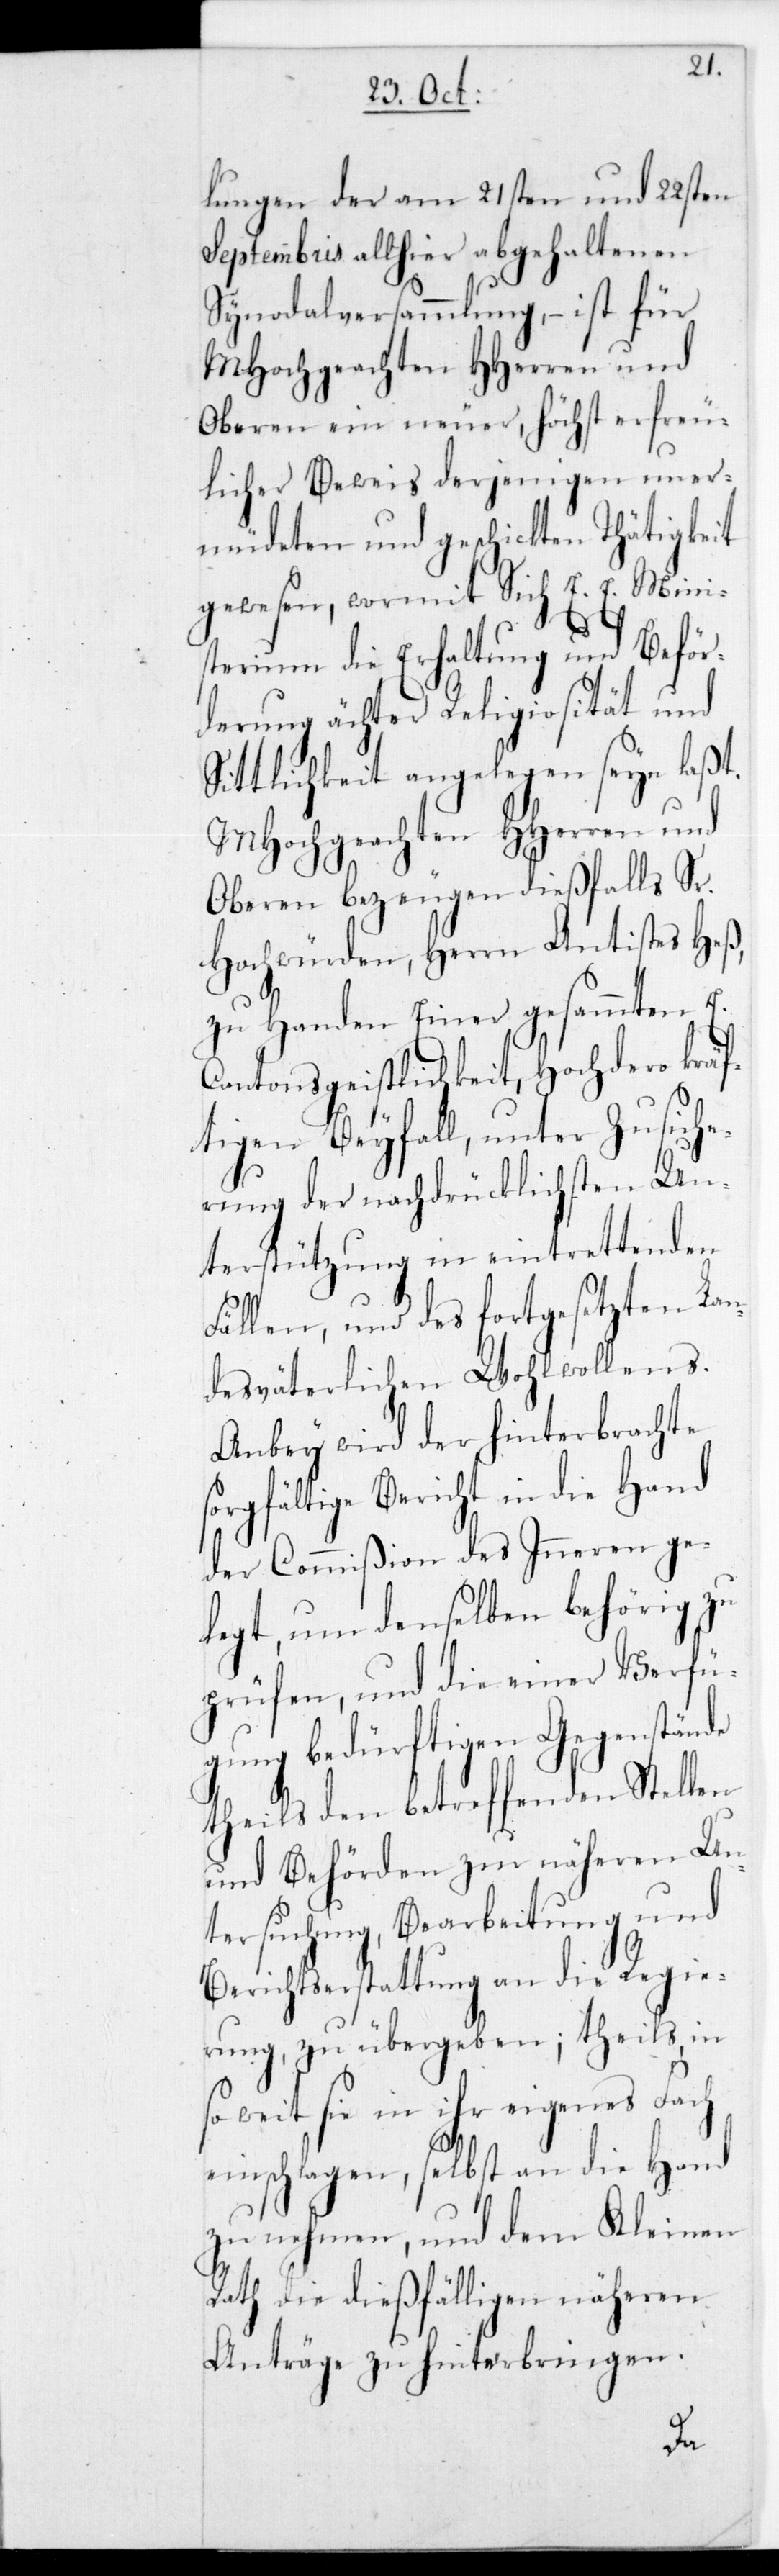
lungen der am 21sten und 22sten
Septembris allhier abgehaltenen
tung
Synodalversammlung,
und
Oberen ein neuer,
uner¬
licher Beweis derjenigen
müdeten und geschickten Thätigkeit
gewesen, wormit Sich E. E. Mini¬
sterium die Erhaltung und Beför¬
derung ächter Religiosität und
yn laßt.
Sittlichkeit angelegen
MHochgeachten HHerren und
Oberen bezeugen dießfalls Sr.
Hochwürden, Herrn Antistes He¬
zu Handen Einer gesammten
Cantonsgeistlichkeit, Hochdero krä¬
ftigen Beyfall, unter Zusic¬
rung der nachdrücklichsten Un¬
terstützung in eintrettenden
Fällen, und des fortgese¬
s.
desväterlichen Wohl¬
Anbey wird der hinte¬
orgfältige Bericht in
der Commißion des I¬
legt, um denselben
zu
prüfen, und die ein¬
gung bedürftig¬
tellen
theils den betreff¬
ge¬
und Behörden zur
Un¬
tersuchung, Bearbei¬
Berichtserstattung an die Regie¬
rung, zu übergeben; theils in
so weit sie in ihr eigenes Fach
einschlagen, selbst an die Hand
zu nehmen, und dem Kleinen
Rath die dießfälligen näheren
Anträge zu hinterbringen.